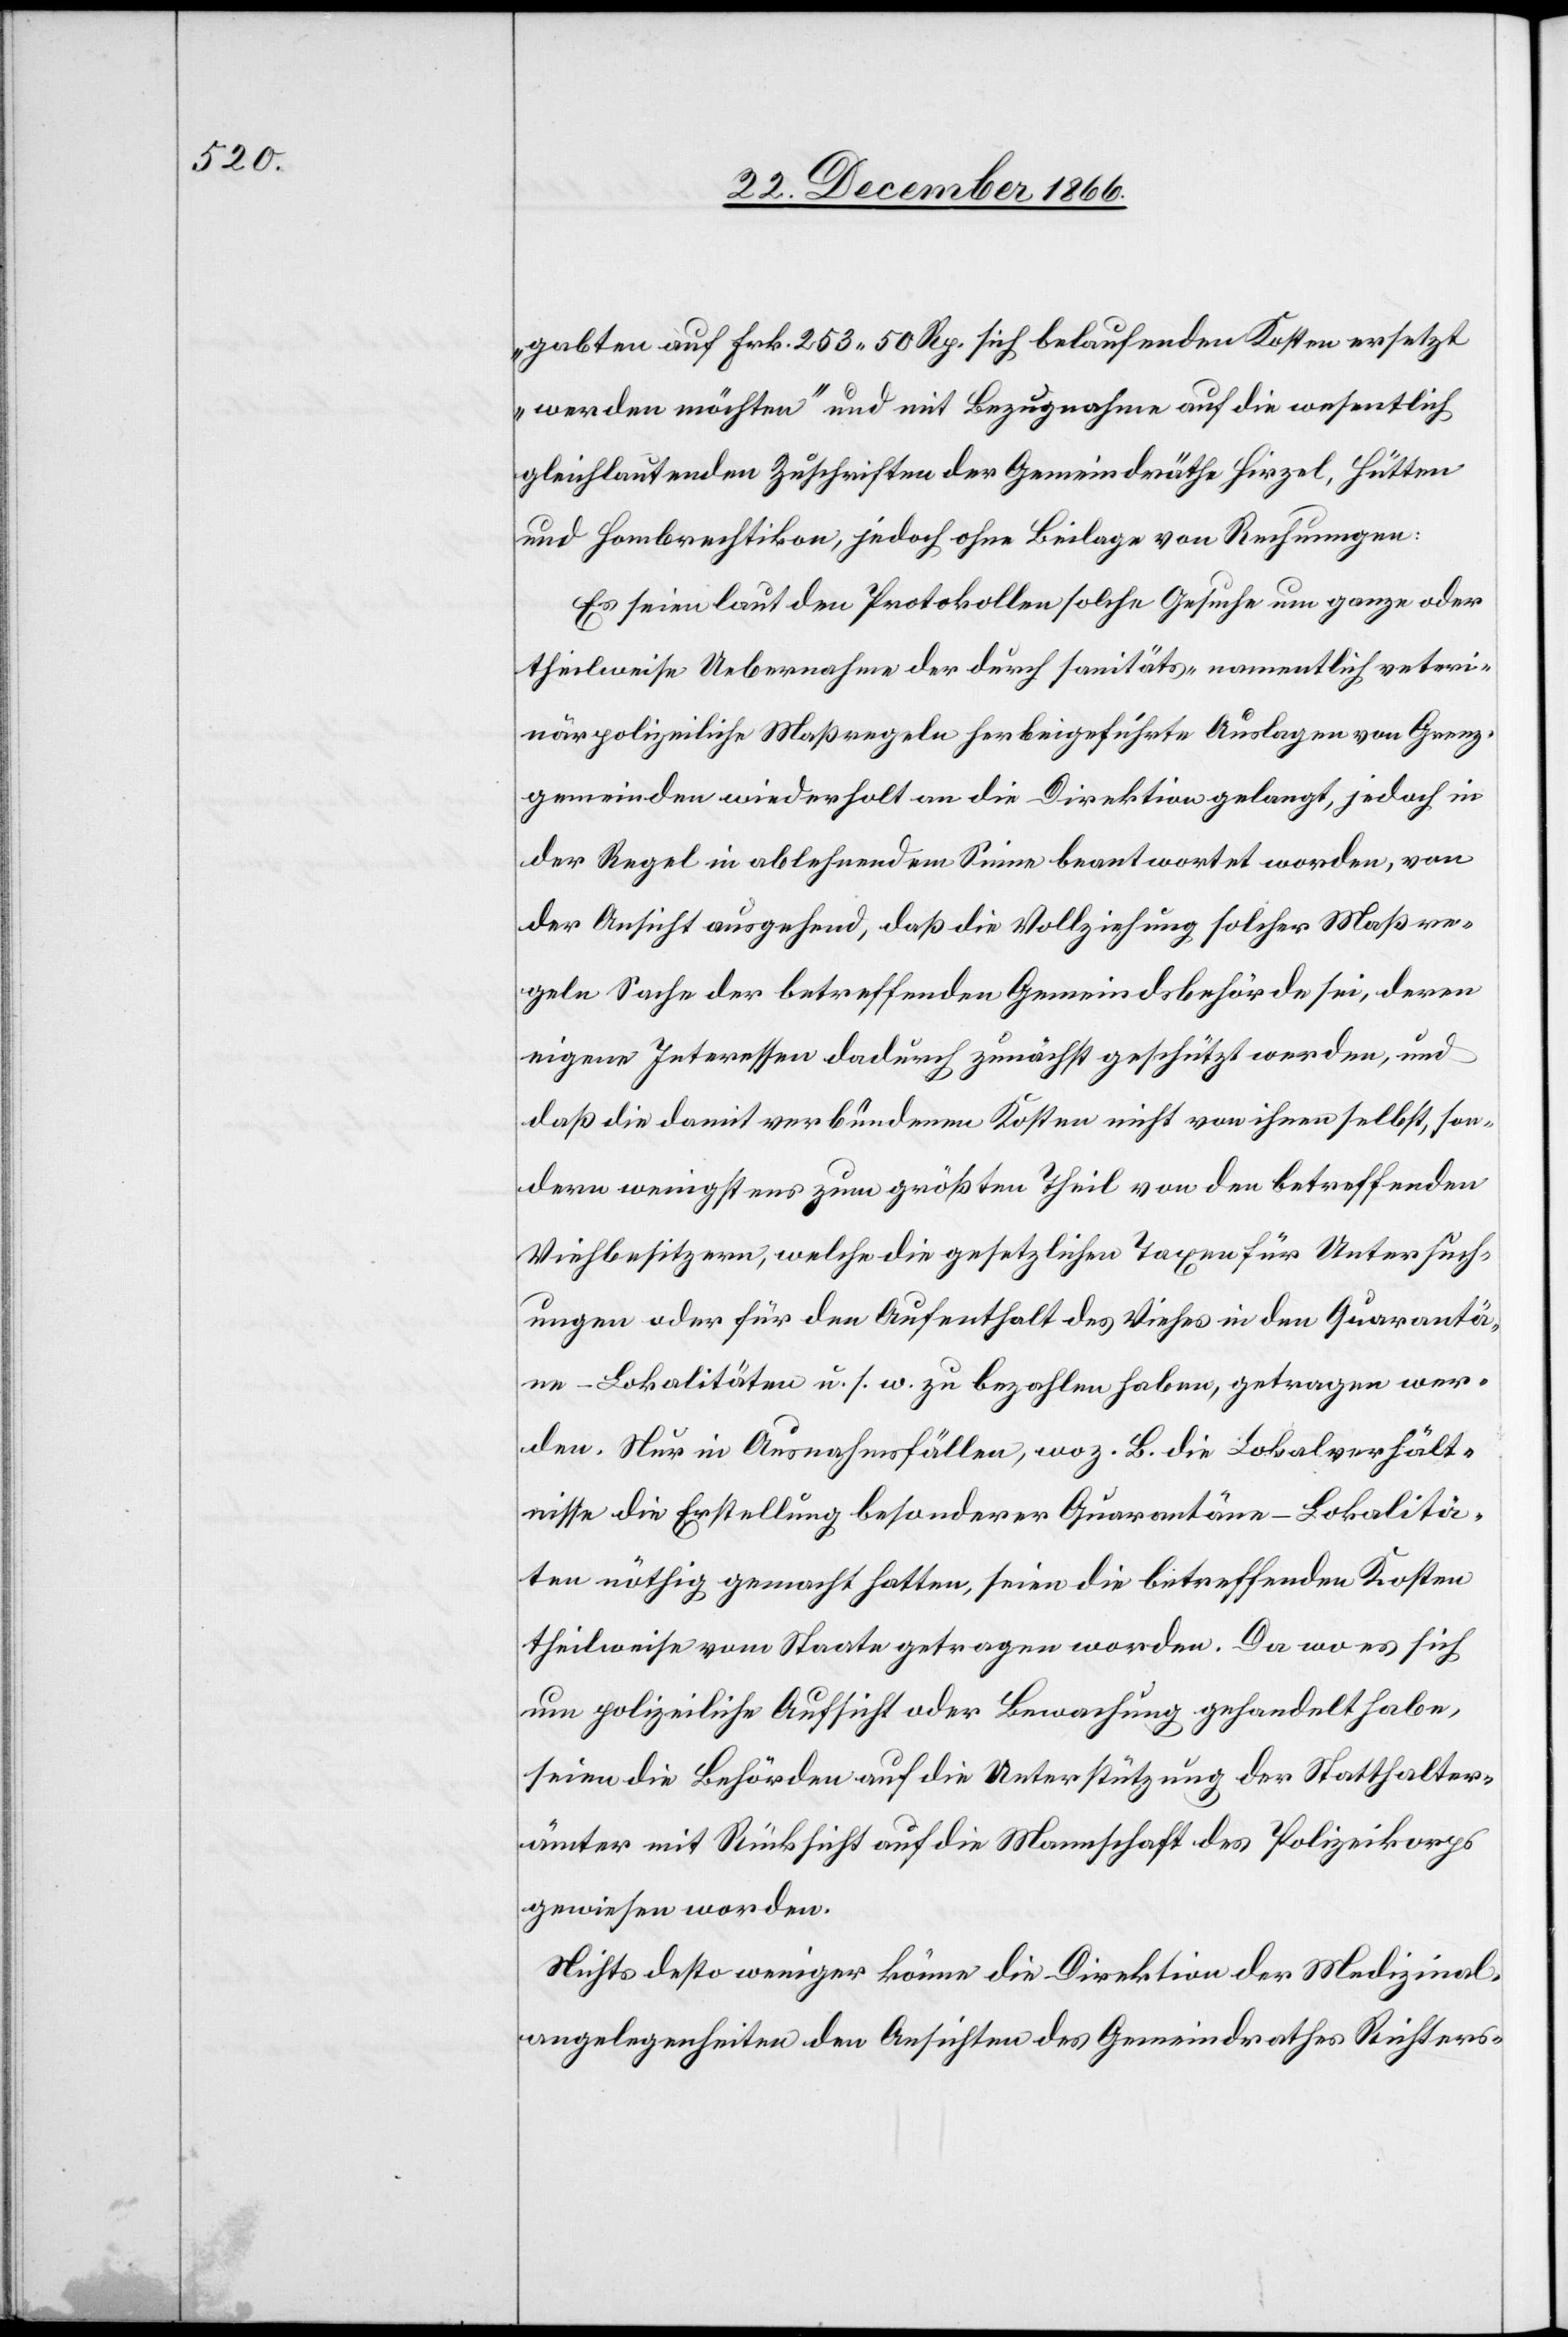
gabten auf Frk. 253.50 Rp. sich belaufenden Kosten ersetzt
werden möchten“ und mit Bezugnahme auf die wesentlich
gleichlautenden Zuschriften der Gemeindräthe Hirzel, Hütten
und Hombrechtikon, jedoch ohne Beilage von Rechnungen:
Es seien laut den Protokollen solche Gesuche um ganze oder
theilweise Uebernahme der durch sanitäts- namentlich veteri¬
närpolizeiliche Maßregeln herbeigeführte[n] Auslagen von Grenz¬
gemeinden wiederholt an die Direktion gelangt, jedoch in
der Regel in ablehnendem Sinne beantwortet worden, von
der Ansicht ausgehend, daß die Vollziehung solcher Maßre¬
geln Sache der betreffenden Gemeindsbehörde sei, deren
eigene Interessen dadurch zunächst geschützt werden, und
daß die damit verbundenen Kosten nicht von ihnen selbst, son¬
dern wenigstens zum größten Theil von den betreffenden
Viehbesitzern, welche die gesetzlichen Taxen für Untersuch¬
ungen oder für den Aufenthalt des Viehes in den Quarantä¬
ne-Lokalitäten u. s. w. zu bezahlen haben, getragen wer¬
den. Nur in Ausnahmsfällen, wo z. B. die Lokalverhält¬
nisse die Erstellung besonderer Quarantäne-Lokalitä¬
ten nöthig gemacht hatten, seien die betreffenden Kosten
theilweise vom Staate getragen worden. Da wo es sich
um polizeiliche Aufsicht oder Bewachung gehandelt habe,
seien die Behörden auf die Unterstützung der Statthalter¬
ämter mit Rücksicht auf die Mannschaft des Polizeikorps
gewiesen worden.
Nichts desto weniger könne die Direktion der Medizinal¬
angelegenheiten den Ansichten des Gemeindrathes Richters-